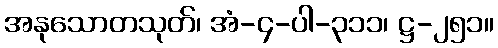
အနုသောတသုတ်၊ အံ-၄-ပါ-၃၁၁၊ ဋ္ဌ-၂၅၁။